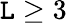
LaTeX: {\cal\mathtt{L}}\ge3